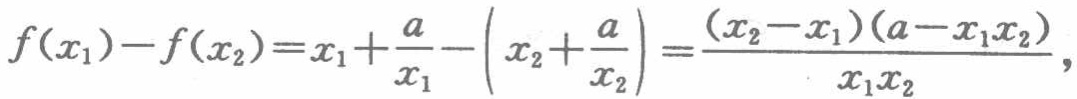
\[

f(x_{1}) - f(x_{2}) = x_{1}+\frac{a}{x_{1}}-\left(x_{2}+\frac{a}{x_{2}}\right)=\frac{(x_{2}-x_{1})(a - x_{1}x_{2})}{x_{1}x_{2}},

\]